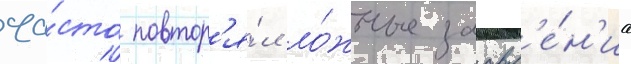
ча́сто повтор'я́л ло́жные заавл'е́н'иа